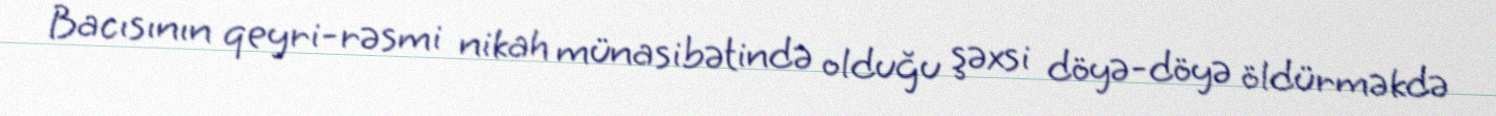
Bacısının qeyri-rəsmi nikah münasibətində olduğu şəxsi döyə-döyə öldürməkdə